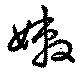
嫩